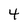
Character: 4